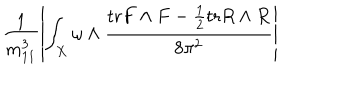
LaTeX: \frac { 1 } { m _ { 1 1 } ^ { 3 } } \left\vert \int _ { X } \omega \wedge \frac { \mathrm { t r } F \wedge F - \frac { 1 } { 2 } \mathrm { t r } R \wedge R } { 8 \pi ^ { 2 } } \right\vert